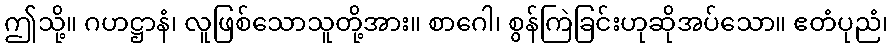
ဤသို့။ ဂဟဋ္ဌာနံ၊ လူဖြစ်သောသူတို့အား။ စာဂေါ၊ စွန်ကြဲခြင်းဟုဆိုအပ်သော။ ဧတံပုညံ၊